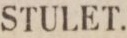
STULET.